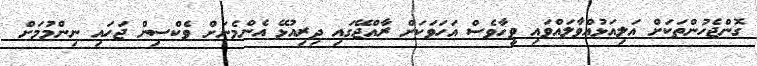
ގޮންޖެހުންތަކަށް އަލިއަޅުއްވާލައްވައި ވީހާވެސް އަހަވަކަށް ރާއްޖޭގައި ދިރިއުޅޭ އެންމެނަށް ވެކްސިން ޖަހައި ނިންމުމަށް